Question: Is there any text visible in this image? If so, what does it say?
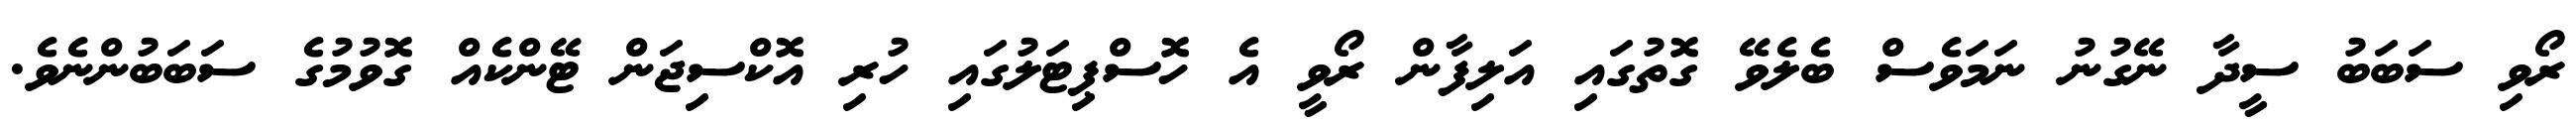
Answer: ރޯވި ސަބަބު ސީދާ ނޭގުނު ނަމަވެސް ބެލެވޭ ގޮތުގައި އަލިފާން ރޯވީ އެ ހޮސްޕިޓަލުގައި ހުރި އޮކްސިޖަން ޓޭންކެއް ގޮވުމުގެ ސަބަބުންނެވެ.